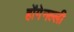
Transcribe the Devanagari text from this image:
होंगेनल्ली